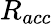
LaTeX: R_{acc}